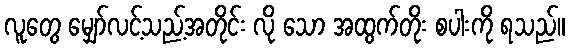
လူတွေ မျှော်လင့်သည့်အတိုင်း လို သော အထွက်တိုး စပါးကို ရသည်။